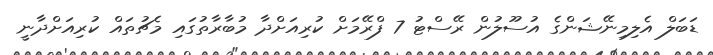
ޑަބަލް އެލިމިނޭޝަންގެ އުސޫލުން ރޭސްޓު 7 ފްރޭމަށް ކުރިއަށްދާ މުބާރާތުގައި މެޗުތައް ކުރިއަށްދާނީ